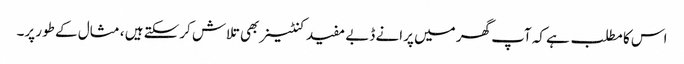
اس کا مطلب ہے کہ آپ گھر میں پرانے ڈبے مفید کنٹینر بھی تلاش کرسکتے ہیں ، مثال کے طور پر۔